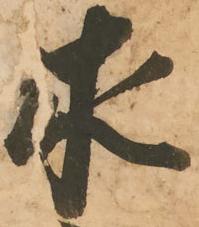
求